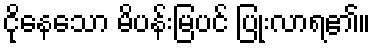
ငိုနေသော မိပန်းမြပင် ပြုံးလာရ၏။